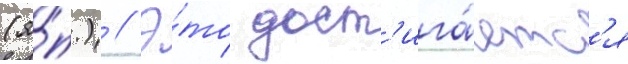
(я́п.) // Э́то дост'ига́етс'я